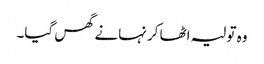
وہ تولیہ اٹھا کر نہانے گھس گیا۔